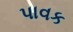
પાવક